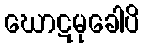
ဃောဋမုခေါပိ